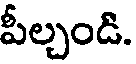
పీల్చండి.